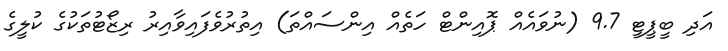
އަދި ބީޕީޓީ 9.7 (ނުވައެއް ޕޮއިންޓް ހަތެއް އިންސައްތަ) އިތުރުވެފައިވާއިރު ރިޒޯޓުތަކުގެ ކުލީގެ